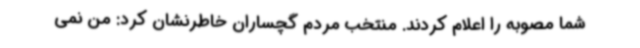
شما مصوبه را اعلام کردند. منتخب مردم گچساران خاطرنشان کرد: من نمی